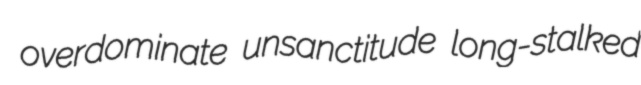
overdominate unsanctitude long-stalked